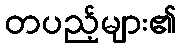
တပည့်များ၏